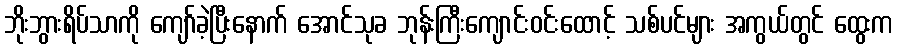
ဘိုးဘွားရိပ်သာကို ကျော်ခဲ့ပြီးနောက် အောင်သုခ ဘုန်းကြီးကျောင်းဝင်းထောင့် သစ်ပင်များ အကွယ်တွင် ထွေးက